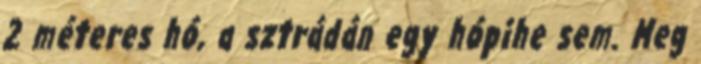
2 méteres hó, a sztrádán egy hópihe sem. Meg